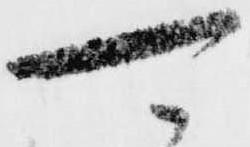
可